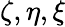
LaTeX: \zeta,\eta,\xi